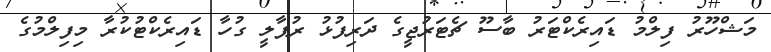
މަޝްހޫރު ފިލްމު ޑައިރެކްޓަރު ބާސޫ ޗެޓަރުޖީގެ ދަރިފުޅު ރުޕާލީ ގުހާ ޑައިރެކްޓުކުރާ މިފިލްމުގެ